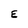
Character: E